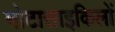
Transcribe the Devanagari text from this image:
मोटासाइकिलों